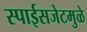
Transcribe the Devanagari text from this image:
स्पाईसजेटमुळे